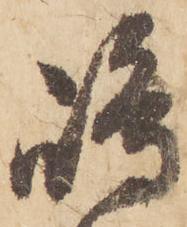
嶋